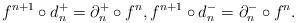
LaTeX: \begin{align*}f^{n+1}\circ d_n^+=\partial_n^+\circ f^n,f^{n+1}\circ d_n^-=\partial_n^-\circ f^n.\end{align*}